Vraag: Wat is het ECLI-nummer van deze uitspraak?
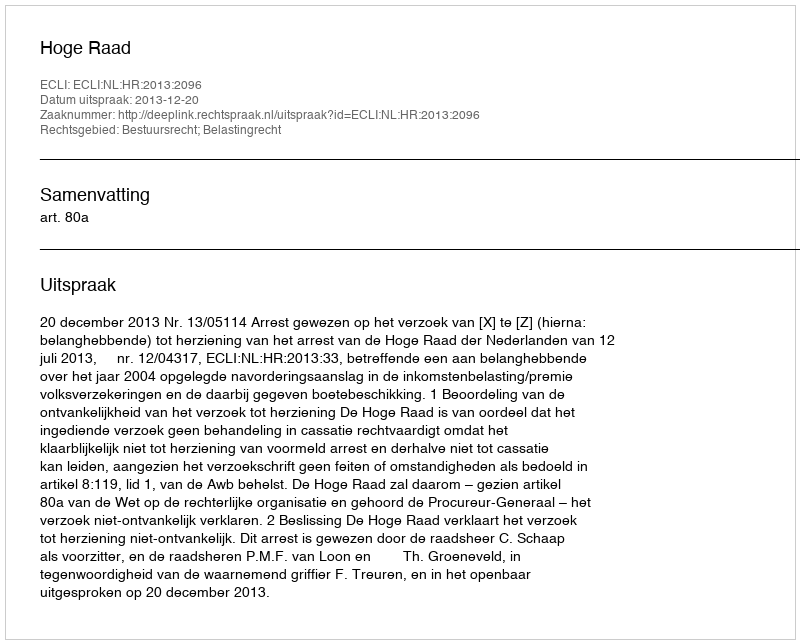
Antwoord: ECLI:NL:HR:2013:2096